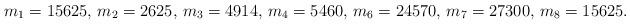
LaTeX: \begin{align*}m_1 = 15625,\, m_2= 2625,\, m_3 = 4914,\, m_4 = 5460,\, m_6= 24570,\, m_7 = 27300,\, m_8 = 15625.\end{align*}